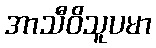
အာသီဝိသူပမာ